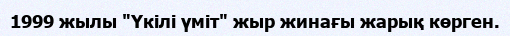
1999 жылы "Үкілі үміт" жыр жинағы жарық көрген.